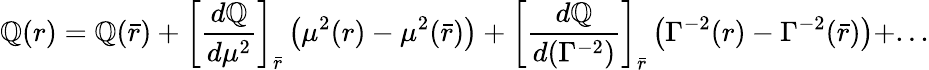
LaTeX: \mathbb{Q}(r)=\mathbb{Q}(\bar{{r}})+\left[{\frac{{d\mathbb{Q}}}{{d\mu^{2}}}}\right]_{\bar{{r}}}\left(\mu^{2}(r)-\mu^{2}(\bar{{r}})\right)+\left[{\frac{{d\mathbb{Q}}}{{d(\Gamma^{-2})}}}\right]_{\bar{{r}}}\left(\Gamma^{-2}(r)-\Gamma^{-2}(\bar{{r}})\right)+...